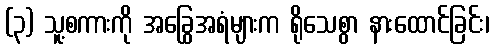
(၃) သူ့စကားကို အခြွေအရံများက ရိုသေစွာ နားထောင်ခြင်း၊